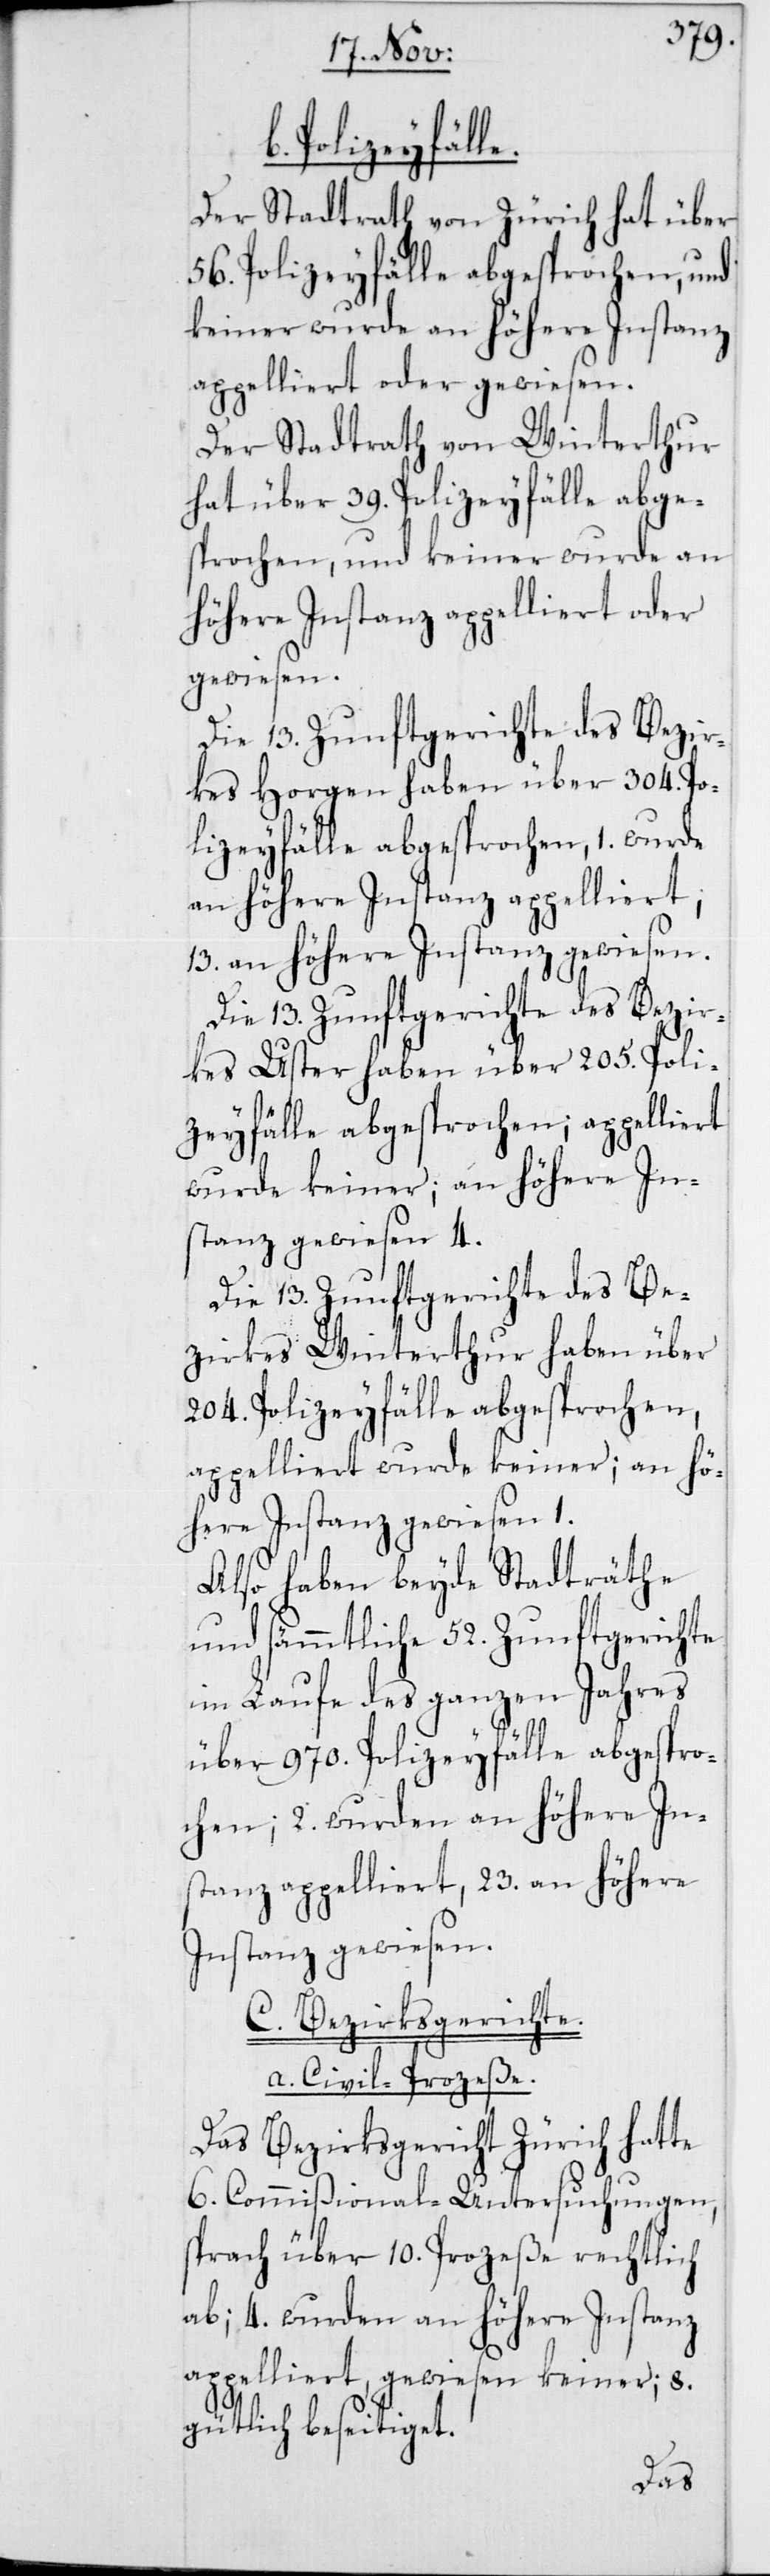
Polizeyfälle.
Der Stadtrath von Zürich hat über
56. Polizeyfälle abgesprochen, und
keiner wurde an höhere Instanz
appelliert oder gewiesen.
Der Stadtrath von Winterthur
hat über 39. Polizeyfälle abge¬
sprochen, und keiner wurde an
höhere Instanz appelliert oder
gewiesen.
Die 13. Zunftgerichte des Bezir¬
kes Horgen haben über 304. Po¬
lizeyfälle abgesprochen, 1. wurde
an höhere Instanz appelliert,
13. an höhere Instanz gewiesen.
Die 13. Zunftgerichte des Bezir¬
kes Uster haben über 205. Poli¬
zeyfälle abgesprochen; appelliert
wurde keiner, an höhere In¬
stanz gewiesen 4.
Die 13 Zunftgerichte des Be¬
zirkes Winterthur haben über
204 Polizeyfälle abgesprochen,
appelliert wurde keiner; an hö¬
here Instanz gewiesen
Also haben beyde Stadträthe
und sämmtliche 52. Zunftgeric¬
im Laufe des ganzen Jah¬
über 970. Polizeyfälle abgespro¬
chen; 2. wurden an höhere In¬
stanz appelliert, 23. an höhere
Instanz gewiesen.
C. Bezirksgerichte.
a) Civil-Prozeße.
Das Bezirksgericht Zürich hatte
6. Commißional-Untersuchungen,
sprach über 10. Prozeße rechtlich
ab; 4. wurden an höhere Instanz
appelliert, gewiesen keiner; 8.
gütlich beseitiget.
res